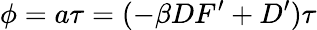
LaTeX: \phi=a\tau=(-\beta DF^{\prime}+D^{\prime})\tau